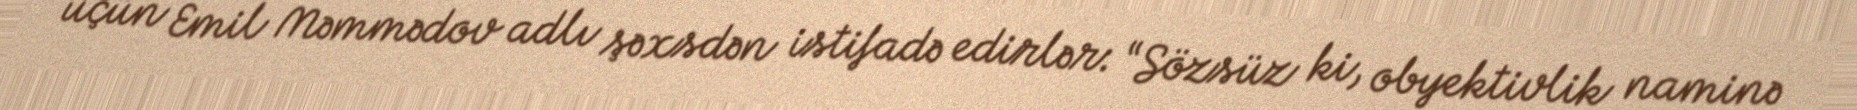
üçün Emil Məmmədov adlı şəxsdən istifadə edirlər: “Sözsüz ki, obyektivlik naminə